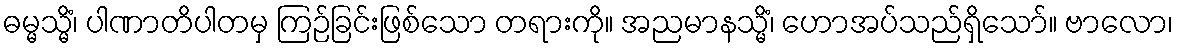
ဓမ္မသ္မိံ၊ ပါဏာတိပါတမှ ကြဉ်ခြင်းဖြစ်သော တရားကို။ အညမာနသ္မိံ၊ ဟောအပ်သည်ရှိသော်။ ဗာလော၊